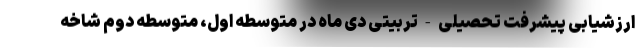
ارزشیابی پیشرفت تحصیلی-تربیتی دی ماه در متوسطه اول، متوسطه دوم شاخه